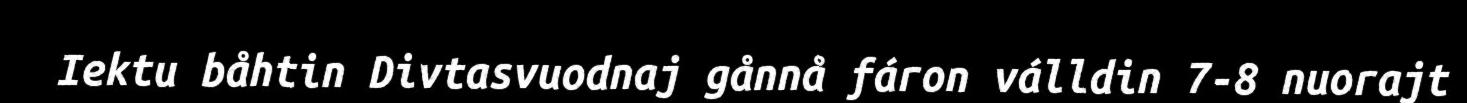
Iektu båhtin Divtasvuodnaj gånnå fáron válldin 7-8 nuorajt